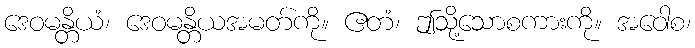
ဒေဝမန္တိယံ၊ ဒေဝမန္တိယအမတ်ကို။ ဧတံ၊ ဤသို့သောစကားကို။ အဝေါစ၊